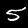
Digit: 5